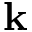
\mathbf { k }